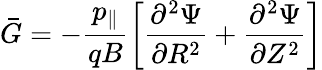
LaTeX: \bar{G}=-\frac{p_{\| }}{qB}\left[\frac{\partial^{2}\Psi}{\partial R^{2}}+\frac{\partial^{2}\Psi}{\partial Z^{2}}\right]